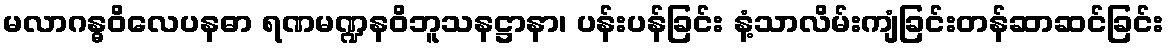
မလာဂန္ဓဝိလေပနဓာ ရဏမဏ္ဍနဝိဘူသနဋ္ဌာနာ၊ ပန်းပန်ခြင်း နံ့သာလိမ်းကျံခြင်းတန်ဆာဆင်ခြင်း